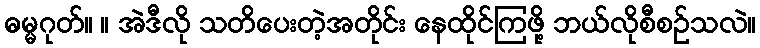
ဓမ္မဂုတ်။ ။ အဲဒီလို သတိပေးတဲ့အတိုင်း နေထိုင်ကြဖို့ ဘယ်လိုစီစဉ်သလဲ။